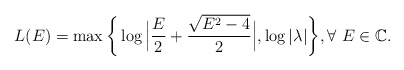
\begin{align*}L(E)=\max\bigg\{\log \Big|\frac{E}{2}+\frac{\sqrt{E^{2}-4}}{2}\Big|,\log |\lambda|\bigg\}, \forall \ E\in \mathbb{C}.\end{align*}